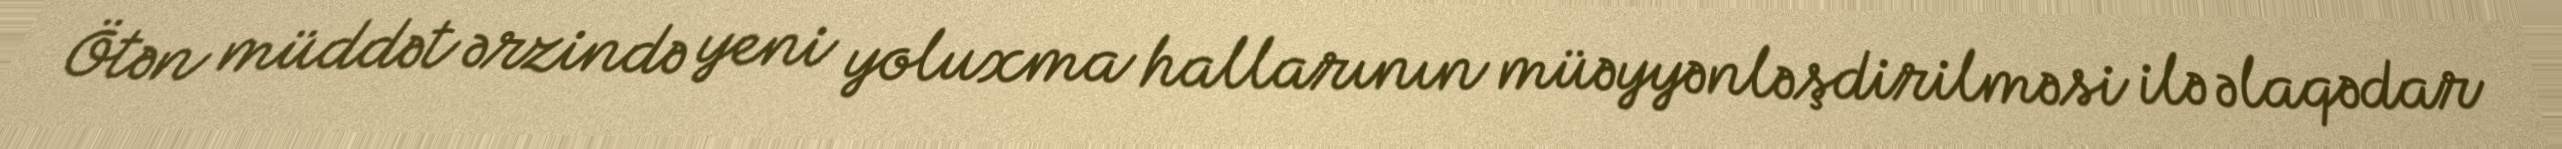
Ötən müddət ərzində yeni yoluxma hallarının müəyyənləşdirilməsi ilə əlaqədar